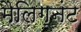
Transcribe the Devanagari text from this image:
मैलिग्नंट